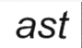
ast